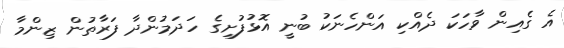
އެ ގެއިން ވާހަކަ ދެއްކި އަންހެނަކު ބުނީ އޮޅުފުށިގެ ހަދަމުންދާ ފަރާތުން ޒިންމާ